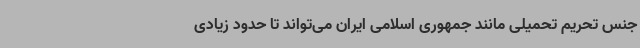
جنس تحریم تحمیلی مانند جمهوری اسلامی ایران می‌تواند تا حدود زیادی